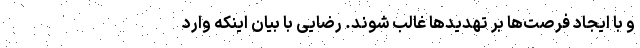
و با ایجاد فرصت‌ها بر تهدیدها غالب شوند. رضایی با بیان اینکه وارد